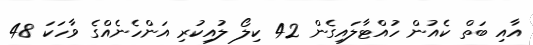
އާއި ބަތް ކެއުން ހުއްޓާލައިގެން 42 ކިލޯ ލުއިކުރި އަންހެނެއްގެ ވާހަކަ 48